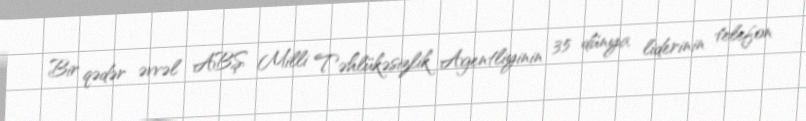
Bir qədər əvvəl ABŞ Milli Təhlükəsizlik Agentliyinin 35 dünya liderinin telefon